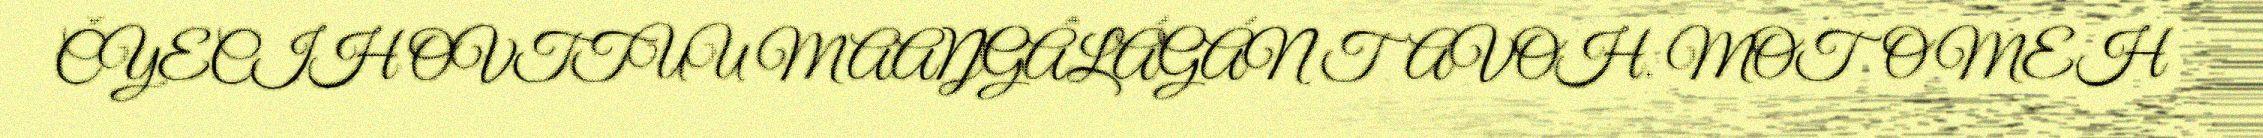
ČYECIH OVTTUU MAAŊGÂLÁGÁN TAVOH. MOTOMEH